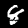
Label: 8